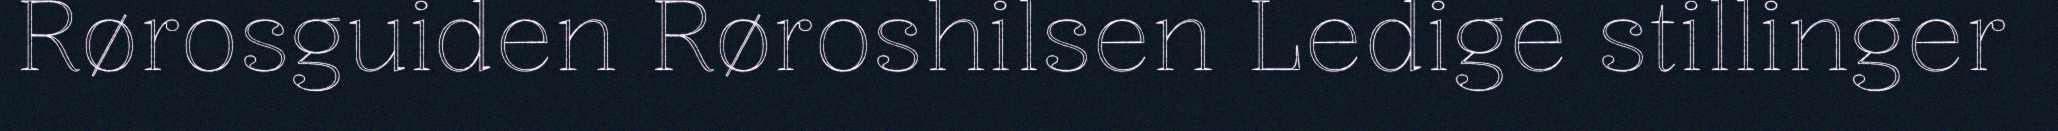
Rørosguiden Røroshilsen Ledige stillinger